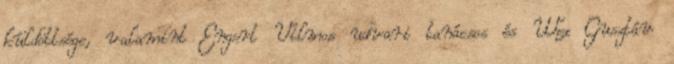
küldöttsége, valamint Engert Vilmos udvari tanácsos és Wex Gusztáv